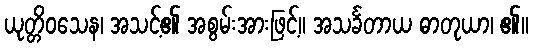
ယုတ္တိဝသေန၊ အသင့်၏ အစွမ်းအားဖြင့်။ အသင်္ခတာယ ဓာတုယာ၊ ၏။